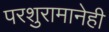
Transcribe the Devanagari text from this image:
परशुरामानेही